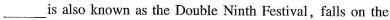
___ is also known as the Double Ninth Festival, falls on the